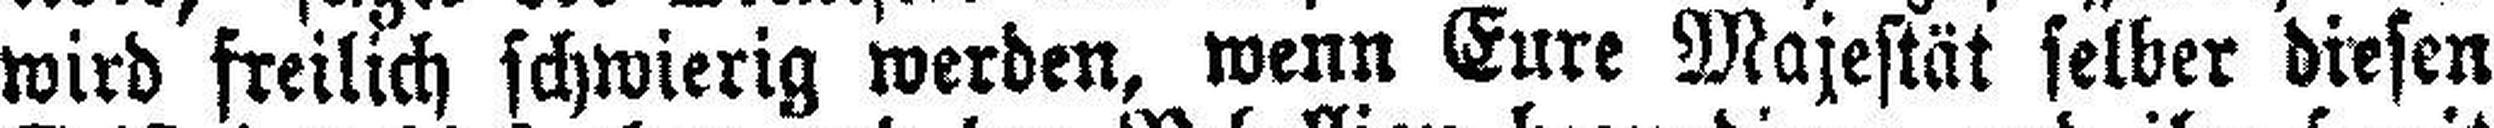
wird freilich schwierig werden, wenn Eure Majestät selber diesen